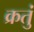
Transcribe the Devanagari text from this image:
क्रतुं